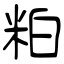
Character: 粕